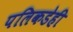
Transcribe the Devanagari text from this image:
पलिकडेही